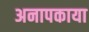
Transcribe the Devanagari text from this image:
अनापकाया